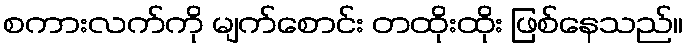
စကားလက်ကို မျက်စောင်း တထိုးထိုး ဖြစ်နေသည်။